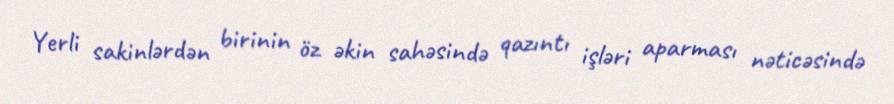
Yerli sakinlərdən birinin öz əkin sahəsində qazıntı işləri aparması nəticəsində